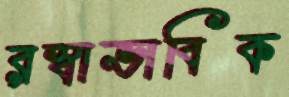
রস্বাভাবিক